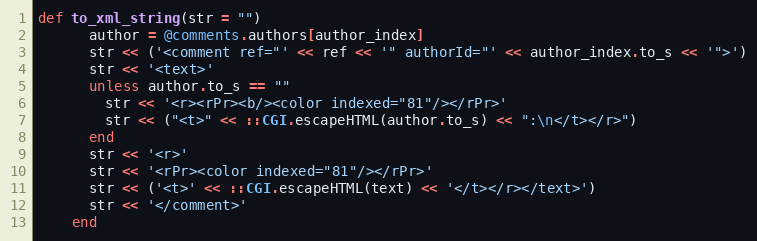
Language: Ruby
def to_xml_string(str = "")
      author = @comments.authors[author_index]
      str << ('<comment ref="' << ref << '" authorId="' << author_index.to_s << '">')
      str << '<text>'
      unless author.to_s == ""
        str << '<r><rPr><b/><color indexed="81"/></rPr>'
        str << ("<t>" << ::CGI.escapeHTML(author.to_s) << ":\n</t></r>")
      end
      str << '<r>'
      str << '<rPr><color indexed="81"/></rPr>'
      str << ('<t>' << ::CGI.escapeHTML(text) << '</t></r></text>')
      str << '</comment>'
    end